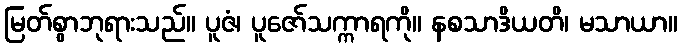
မြတ်စွာဘုရားသည်။ ပူဇံ၊ ပူဇော်သက္ကာရကို။ နစသာဒိယတိ၊ မသာယာ။